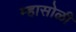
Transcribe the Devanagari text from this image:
म्हासोळी